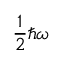
{ \frac { 1 } { 2 } } \hbar \omega